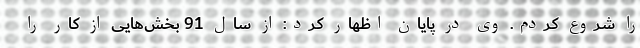
را شروع کردم. وی در پایان اظهار کرد: از سال 91 بخش‌هایی از کار را